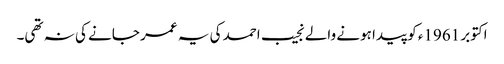
اکتوبر 1961ء کو پیدا ہونے والے نجیب احمد کی یہ عمر جانے کی نہ تھی۔